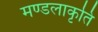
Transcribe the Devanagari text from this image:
मण्डलाकृति